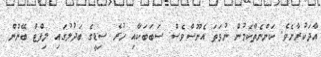
އާދަކުރާށެވެ. ކަންނެތްކަމުން ނުވަތަ އެނޫސްވެސް ސަބަބަކާއި ހުރެ ސިޑީގެ ބަދުލުގައި ލިފްޓް ބޭނުން